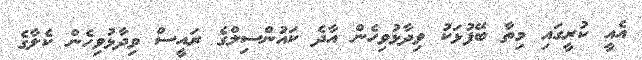
އެއީ ކުރީގައި މިތާ ބޭފުޅަކު ވިދާޅުވިހެން އާދެ ކައުންސިލްގެ ރައީސް ވިދާޅުވިހެން ކެލާގެ